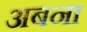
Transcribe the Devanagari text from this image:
अबना